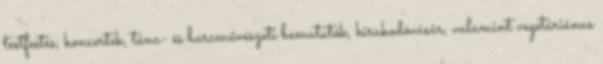
testfestés, koncertek, tánc- és harcművészeti bemutatók, kirakodóvásár, valamint vegetáriánus